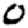
Digit: 0